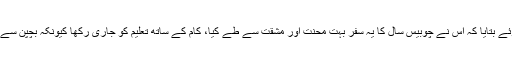
ابوبکر نے خوشی کا اظہار کرتے ہوئے بتایا کہ اُس نے چوبیس سال کا یہ سفر بہت محنت اور مشقت سے طے کیا، کام کے ساتھ تعلیم کو جاری رکھا کیونکہ بچپن سے ہی شوق تھا کہ بڑا ہوکر پائلٹ بنے۔